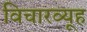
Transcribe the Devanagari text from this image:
विचारव्यूह